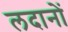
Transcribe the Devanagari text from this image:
लदानों